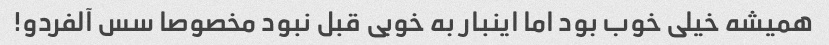
همیشه خیلی خوب بود اما اینبار به خوبی قبل نبود مخصوصا سس آلفردو!